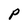
Character: P